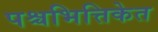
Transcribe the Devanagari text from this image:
पश्चभित्तिकेत